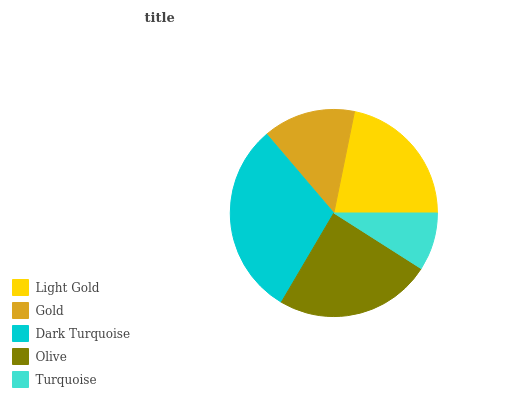
| Light Gold | Gold | Dark Turquoise | Olive | Turquoise |
 | --- | --- | --- | --- | --- |
 | 21.8% | 14.4% | 30.2% | 24.5% | 9.02% |